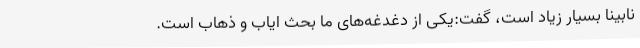
نابینا بسیار زیاد است، گفت:یکی از دغدغه‌های ما بحث ایاب و ذهاب است.